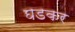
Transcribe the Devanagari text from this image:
घडकर